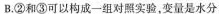
B.②和③可以构成一组对照实验，变量是水分